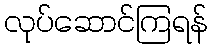
လုပ်ဆောင်ကြရန်